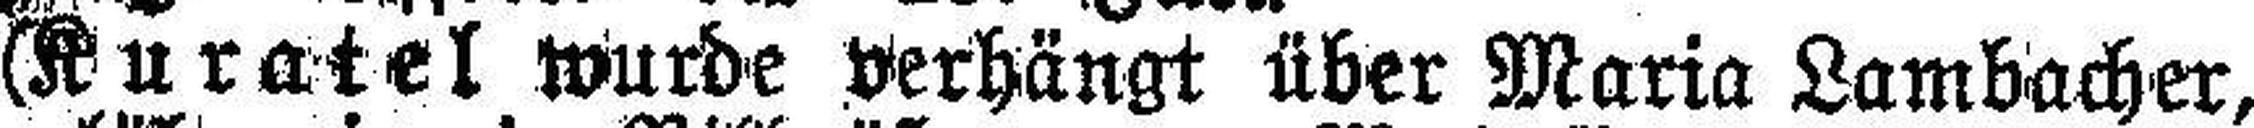
(Kuratel wurde verhängt über Maria Lambacher,